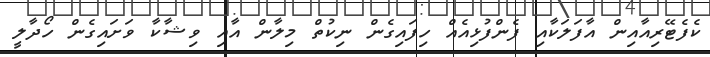
ކެފެޓޭރިއާއިން އާފަލަކާއި ފެންފުޅިއެއް ހިފައިގެން ނިކުތް މިލާން އާއި ވިޝާކާ ވަށައިގެން ހޯދާލީ